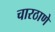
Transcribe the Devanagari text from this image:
चारठाणे